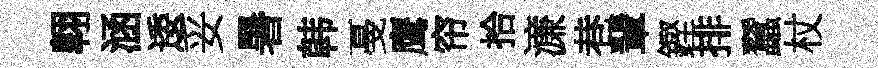
翺涵逶妥暑韩戞鹰帘拾濓巷輩鏗排蠶杖